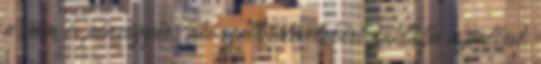
a vám és pénzügyőr, aki szállítólevelekért zaklatja a pultost,